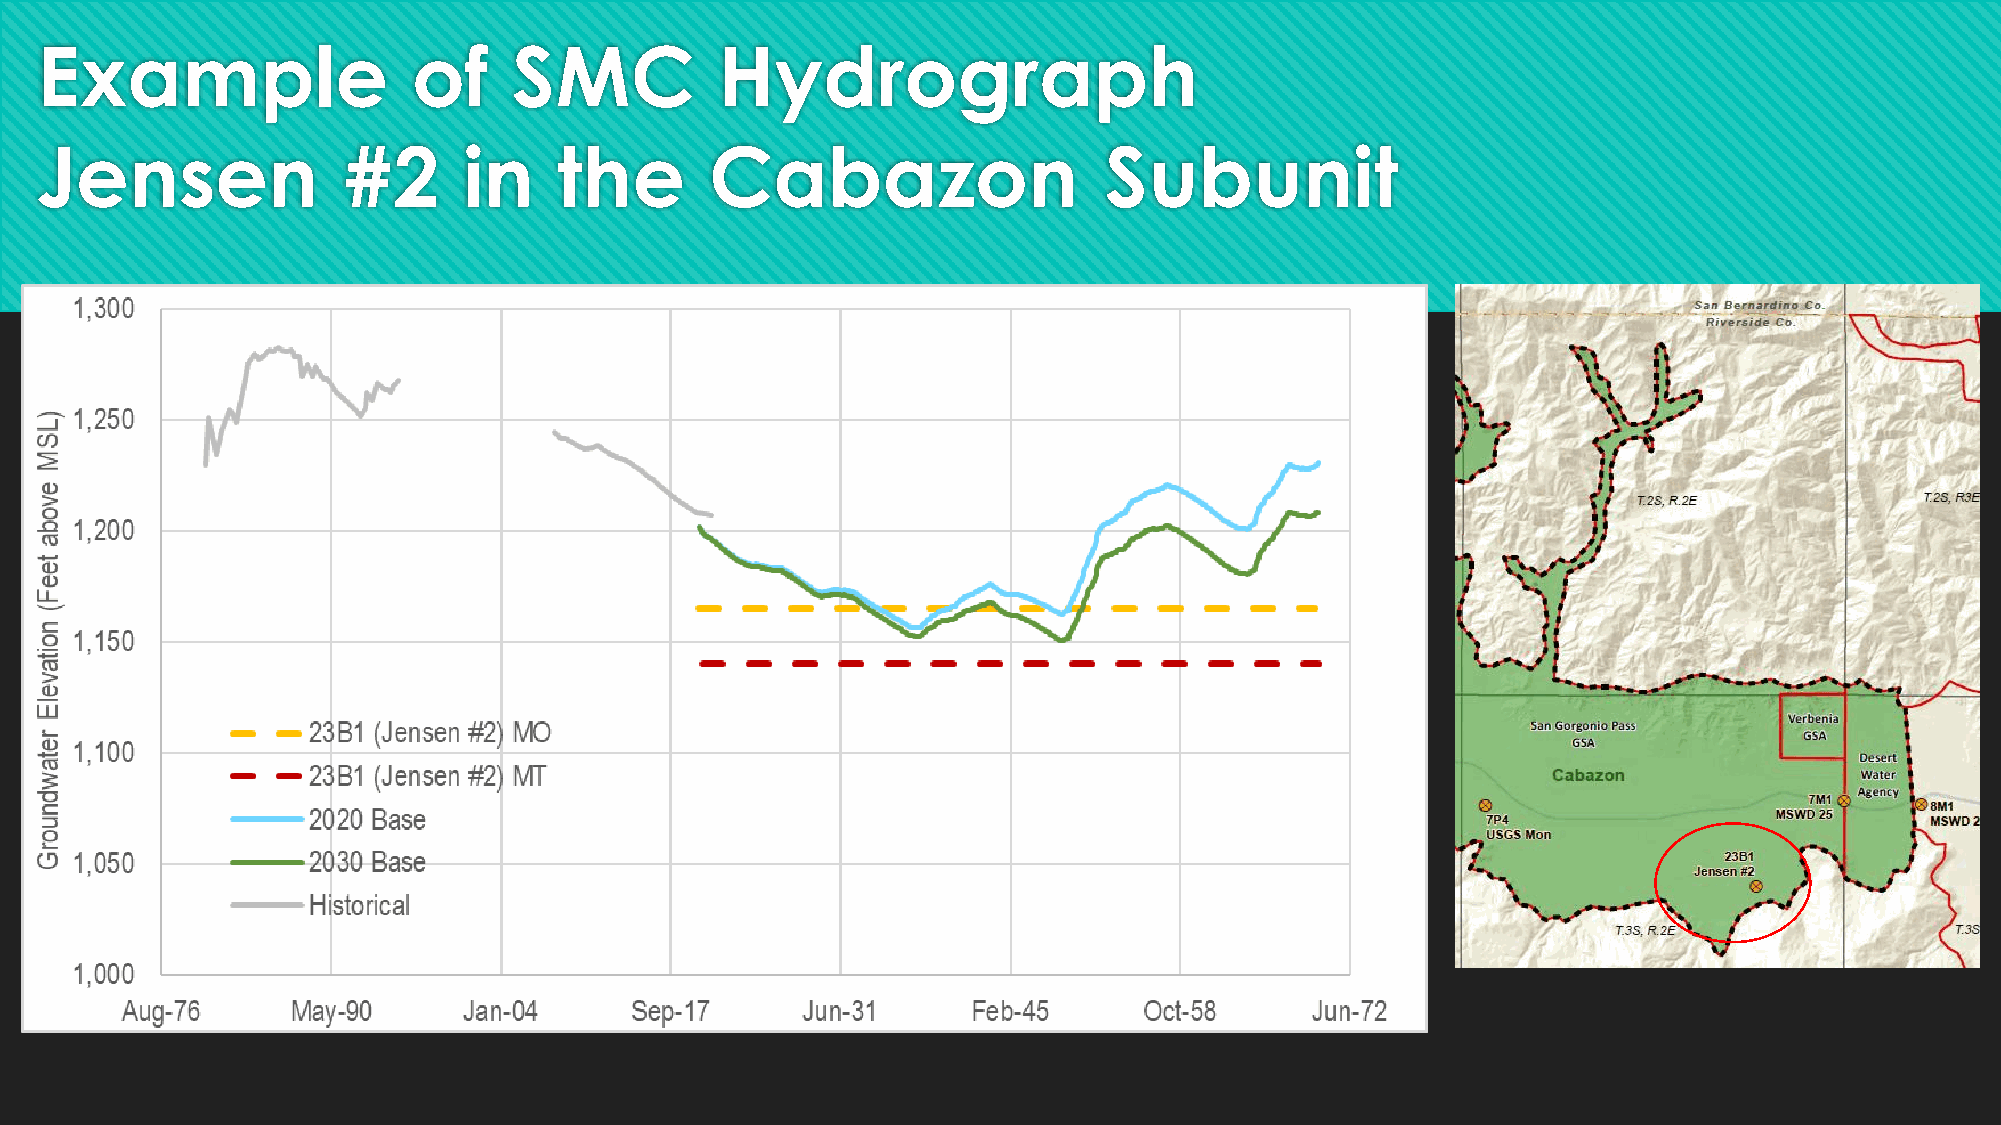
Example                  of     SMC           Hydrograph
 Jensen               #2      in    the       Cabazon                   Subunit